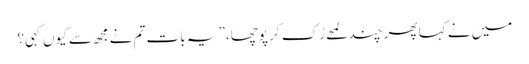
میں نے کہا پھر چند لمحے رُک کر پوچھا،” یہ بات تم نے مجھ سے کیوں کہی؟